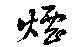
煙